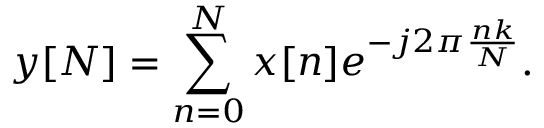
y [ N ] = \sum _ { n = 0 } ^ { N } x [ n ] e ^ { - j 2 \pi { \frac { n k } { N } } } .